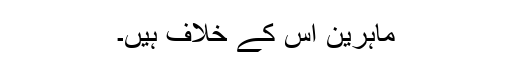
ماہرین اس کے خلاف ہیں۔